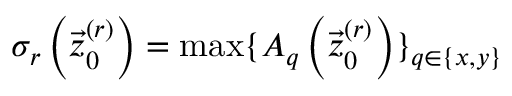
\sigma _ { r } \left( \vec { z } _ { 0 } ^ { ( r ) } \right) = \operatorname* { m a x } \{ A _ { q } \left( \vec { z } _ { 0 } ^ { ( r ) } \right) \} _ { q \in \{ x , y \} }